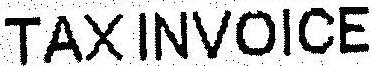
TAX INVOICE